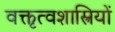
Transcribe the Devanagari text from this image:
वक्तृत्वशास्त्रियों